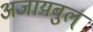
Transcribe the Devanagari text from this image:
अजायबुल्